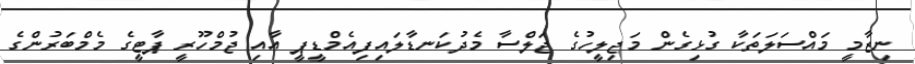
ނިޒާމީ މައްސަލަތަކާ ގުޅިގެން މަޖިލީހުގެ ޖަލްސާ މެދުކަނޑާލައިފިއެމްޑީޕީ އާއި ޖުމްހޫރީ ޕާޓީގެ މެމްބަރުންގެ